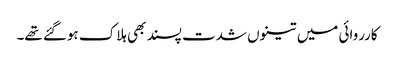
کارروائی میں تینوں شدت پسند بھی ہلاک ہوگئے تھے۔